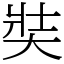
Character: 奘